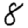
Digit: 8